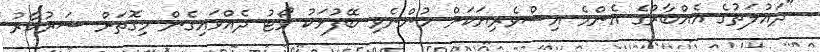
"ދައުލަތުގެ އެއްބާރުގެ އެންމެ އިސްވެރިޔަކަށް ހުންނެވި ބޭފުޅަކު ވޯޓު ދެއްވައިގެން މިގޮތަށް ސަރުކާރު